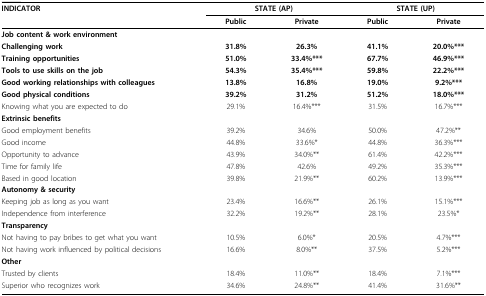
| INDICATOR | <COLSPAN=2> STATE (AP) | <COLSPAN=2> STATE (UP) |
 |  | Public | Private | Public | Private |
 | --- | --- | --- | --- | --- |
 | Job content & work environment |  |  |  |  |
 | Challenging work | 31.8% | 26.3% | 41.1% | 20.0%*** |
 | Training opportunities | 51.0% | 33.4%*** | 67.7% | 46.9%*** |
 | Tools to use skills on the job | 54.3% | 35.4%*** | 59.8% | 22.2%*** |
 | Good working relationships with colleagues | 13.8% | 16.8% | 19.0% | 9.2%*** |
 | Good physical conditions | 39.2% | 31.2% | 51.2% | 18.0%*** |
 | Knowing what you are expected to do | 29.1% | 16.4%*** | 31.5% | 16.7%*** |
 | Extrinsic benefits |  |  |  |  |
 | Good employment benefits | 39.2% | 34.6% | 50.0% | 47.2%** |
 | Good income | 44.8% | 33.6%* | 44.8% | 36.3%*** |
 | Opportunity to advance | 43.9% | 34.0%** | 61.4% | 42.2%*** |
 | Time for family life | 47.8% | 42.6% | 49.2% | 35.3%*** |
 | Based in good location | 39.8% | 21.9%** | 60.2% | 13.9%*** |
 | Autonomy & security |  |  |  |  |
 | Keeping job as long as you want | 23.4% | 16.6%** | 26.1% | 15.1%*** |
 | Independence from interference | 32.2% | 19.2%** | 28.1% | 23.5%* |
 | Transparency |  |  |  |  |
 | Not having to pay bribes to get what you want | 10.5% | 6.0%* | 20.5% | 4.7%*** |
 | Not having work influenced by political decisions | 16.6% | 8.0%** | 37.5% | 5.2%*** |
 | Other |  |  |  |  |
 | Trusted by clients | 18.4% | 11.0%** | 18.4% | 7.1%*** |
 | Superior who recognizes work | 34.6% | 24.8%** | 41.4% | 31.6%** |